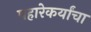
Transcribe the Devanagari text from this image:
पहारेकर्यांचा